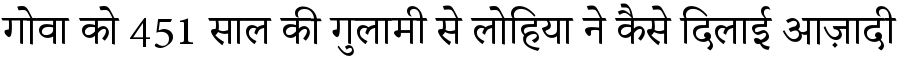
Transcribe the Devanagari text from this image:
गोवा को 451 साल की गुलामी से लोहिया ने कैसे दिलाई आज़ादी